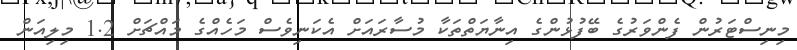
މިނިސްޓަރުން ފެންވަރުގެ ބޭފުޅުންގެ އިނާޔަތްތަކާ މުސާރައަށް އެކަނިވެސް މަހެއްގެ މައްޗަށް 1.2 މިލިއަން